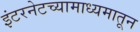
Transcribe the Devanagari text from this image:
इंटरनेटच्यामाध्यमातून